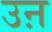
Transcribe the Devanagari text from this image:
उऩ